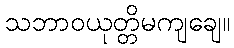
သဘာဝယုတ္တိမကျချေ။